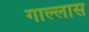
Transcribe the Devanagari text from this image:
गाल्लास